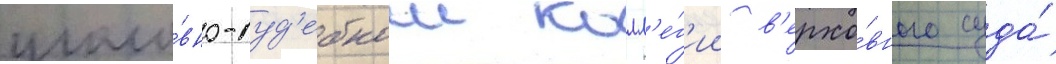
уголо́вно-суд'ебнои колл'е́г'ии в'ерхо́вного суда́